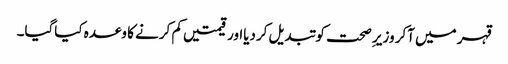
قہر میں آکر وزیر ِصحت کو تبدیل کردیااور قیمتیں کم کرنے کا وعدہ کیاگیا۔